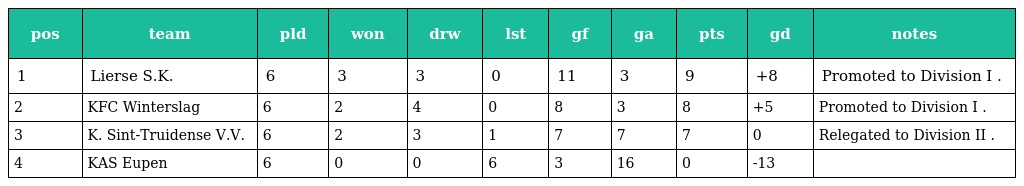
| pos | team | pld | won | drw | lst | gf | ga | pts | gd | notes |
 | --- | --- | --- | --- | --- | --- | --- | --- | --- | --- | --- |
 | 1 | Lierse S.K. | 6 | 3 | 3 | 0 | 11 | 3 | 9 | +8 | Promoted to Division I . |
 | 2 | KFC Winterslag | 6 | 2 | 4 | 0 | 8 | 3 | 8 | +5 | Promoted to Division I . |
 | 3 | K. Sint-Truidense V.V. | 6 | 2 | 3 | 1 | 7 | 7 | 7 | 0 | Relegated to Division II . |
 | 4 | KAS Eupen | 6 | 0 | 0 | 6 | 3 | 16 | 0 | -13 |  |